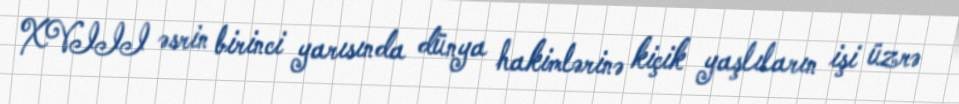
XVIII əsrin birinci yarısında dünya hakimlərinə kiçik yaşlıların işi üzrə